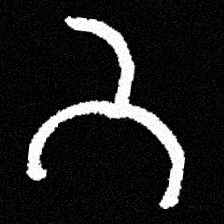
Pyu character \u2014 Myanmar letter: ဘ (romanized: bha)